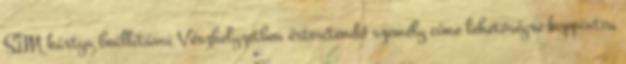
SIM kártya beállításai Vészhelyzetben értesítendő személy címe lehetőségre koppintva